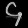
Digit: ၄